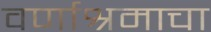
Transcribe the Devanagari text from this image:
वर्णाश्रमाचा